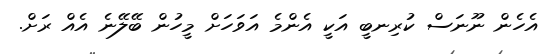
އެހެން ނޫނަސް ކުރިނބީ އަކީ އެންމެ އަވަހަށް މީހުން ބޭލޭނެ އެއް ރަށް.